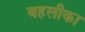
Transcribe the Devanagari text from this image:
बहलीका